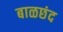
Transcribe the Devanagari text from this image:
बाळछंद